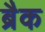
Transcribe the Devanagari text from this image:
ब्रैक